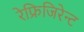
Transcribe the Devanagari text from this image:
रेफ्रिजिरेन्ट